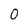
Character: 0